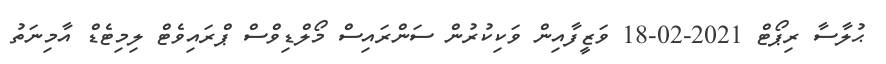
ޙުލާސާ ރިޕޯޓް 2021-02-18 ވަޒީފާއިން ވަކިކުރުން ސަންރައިސް މޯލްޑިވްސް ޕްރައިވެޓް ލިމިޓެޑް އާމިނަތު